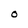
Character: O